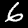
Label: 6